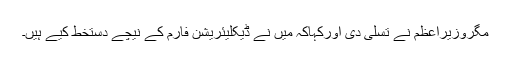
مگروزیراعظم نے تسلی دی اورکہاکہ میں نے ڈیکلیئریشن فارم کے نیچے دستخط کیے ہیں۔